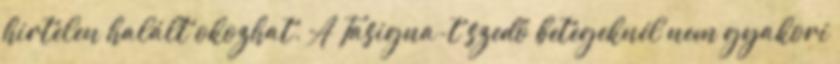
hirtelen halált okozhat. A Tasigna-t szedő betegeknél nem gyakori